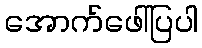
အောက်ဖေါ်ပြပါ